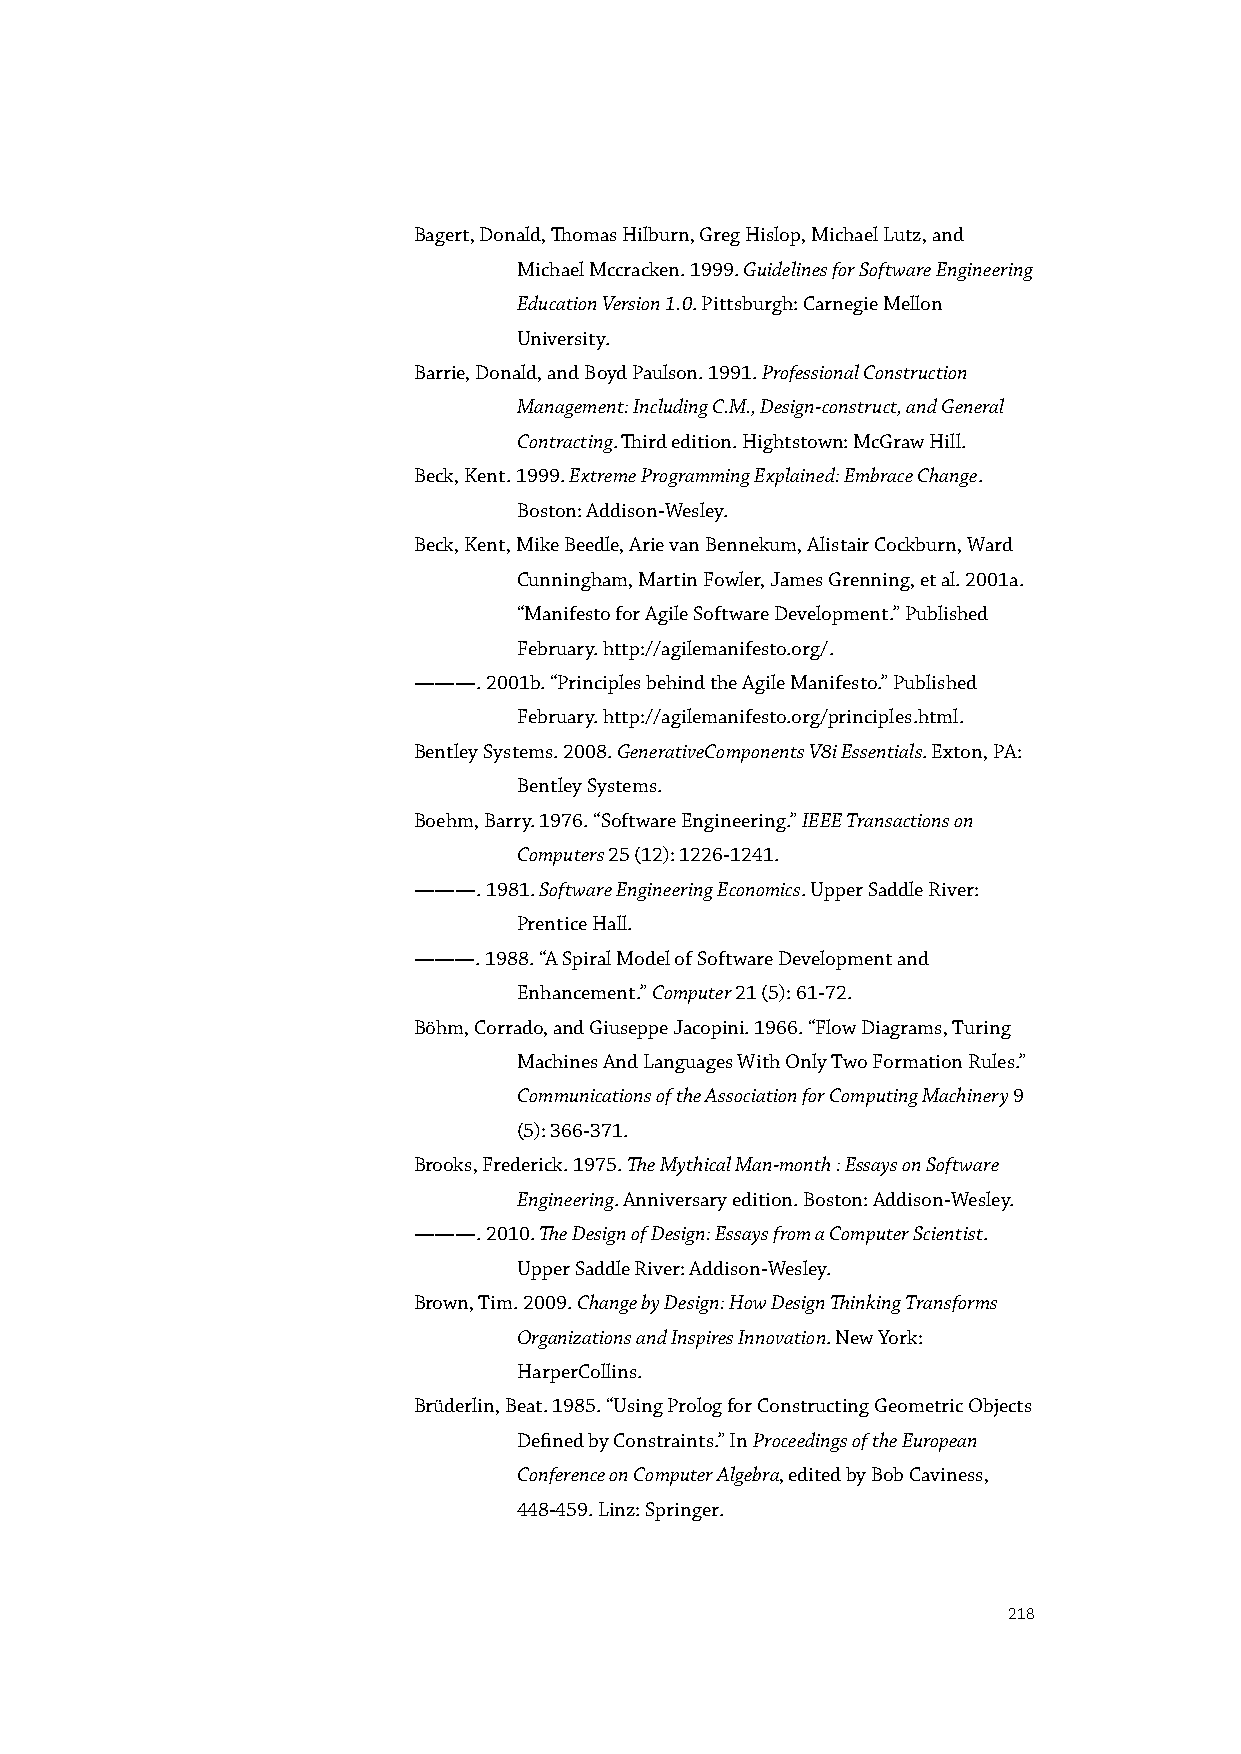
Bagert, Donald, Thomas Hilburn, Greg Hislop, Michael Lutz, and
 Michael Mccracken. 1999. Guidelines for Software Engineering
 Education Version 1.0. Pittsburgh: Carnegie Mellon
 University.
 Barrie, Donald, and Boyd Paulson. 1991. Professional Construction
 Management: Including C.M., Design-construct, and General
 Contracting. Third edition. Hightstown: McGraw Hill.
 Beck, Kent. 1999. Extreme Programming Explained: Embrace Change.
 Boston: Addison-Wesley.
 Beck, Kent, Mike Beedle, Arie van Bennekum, Alistair Cockburn, Ward
 Cunningham, Martin Fowler, James Grenning, et al. 2001a.
 “Manifesto for Agile Software Development.” Published
 February. http://agilemanifesto.org/.
 ———. 2001b. “Principles behind the Agile Manifesto.” Published
 February. http://agilemanifesto.org/principles.html.
 Bentley Systems. 2008. GenerativeComponents V8i Essentials. Exton, PA:
 Bentley Systems.
 Boehm, Barry. 1976. “Software Engineering.” IEEE Transactions on
 Computers 25 (12): 1226-1241.
 ———. 1981. Software Engineering Economics. Upper Saddle River:
 Prentice Hall.
 ———. 1988. “A Spiral Model of Software Development and
 Enhancement.” Computer 21 (5): 61-72.
 Böhm, Corrado, and Giuseppe Jacopini. 1966. “Flow Diagrams, Turing
 Machines And Languages With Only Two Formation Rules.”
 Communications of the Association for Computing Machinery 9
 (5): 366-371.
 Brooks, Frederick. 1975. The Mythical Man-month : Essays on Software
 Engineering. Anniversary edition. Boston: Addison-Wesley.
 ———. 2010. The Design of Design: Essays from a Computer Scientist.
 Upper Saddle River: Addison-Wesley.
 Brown, Tim. 2009. Change by Design: How Design Thinking Transforms
 Organizations and Inspires Innovation. New York:
 HarperCollins.
 Brüderlin, Beat. 1985. “Using Prolog for Constructing Geometric Objects
 Defined by Constraints.” In Proceedings of the European
 Conference on Computer Algebra, edited by Bob Caviness,
 448-459. Linz: Springer.
 218